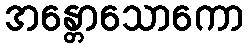
အန္တောသောကော